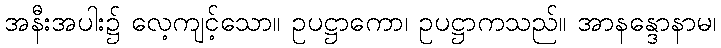
အနီးအပါး၌ လေ့ကျင့်သော။ ဥပဋ္ဌာကော၊ ဥပဋ္ဌာကသည်။ အာနန္ဒောနာမ၊